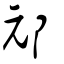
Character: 邧